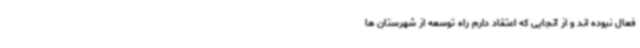
فعال نبوده اند و از آنجایی که اعتقاد دارم راه توسعه از شهرستان ها